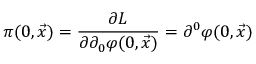
\pi ( 0 , \vec { x } ) = { \frac { \partial { \cal L } } { \partial \partial _ { 0 } \varphi ( 0 , \vec { x } ) } } = \partial ^ { 0 } \varphi ( 0 , { \vec { x } } )